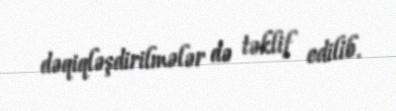
dəqiqləşdirilmələr də təklif edilib.